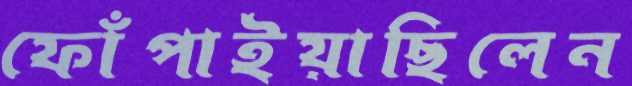
ফোঁপাইয়াছিলেন